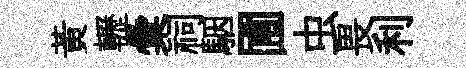
黄轣彙祠駰圃虫畏利